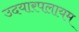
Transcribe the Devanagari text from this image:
उदयारपलायम